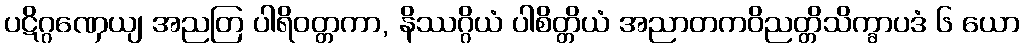
ပဋိဂ္ဂဏှေယျ အညတြ ပါရိဝတ္တကာ, နိဿဂ္ဂိယံ ပါစိတ္တိယံ အညာတကဝိညတ္တိသိက္ခာပဒံ ၆ ယော